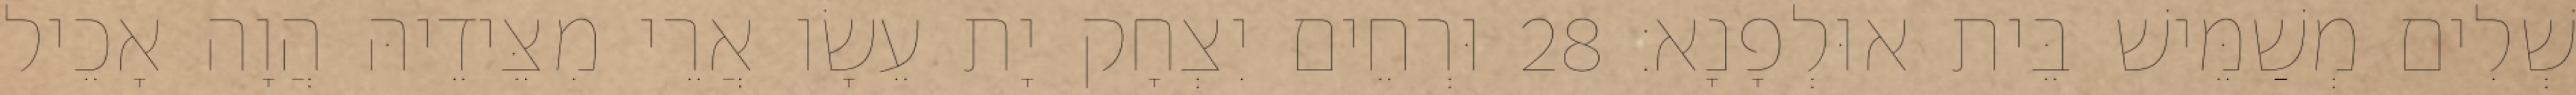
שְׁלִים מְשַׁמֵּישׁ בֵּית אוּלְפָנָא׃ 28 וּרְחֵים יִצְחָק יָת עֵשָׂו אֲרֵי מִצֵּידֵיהּ הֲוָה אָכֵיל